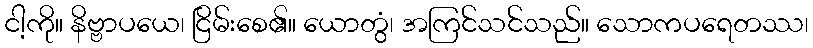
ငါ့ကို။ နိဗ္ဗာပယေ၊ ငြိမ်းစေ၏။ ယောတွံ၊ အကြင်သင်သည်။ သောကပရေတဿ၊